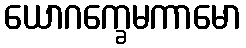
ယောဂက္ခေမကာမော